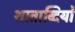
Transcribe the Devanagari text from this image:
शाताब्दियों